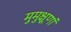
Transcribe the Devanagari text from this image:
मुमुक्षूणां